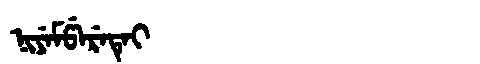
Manchu: ᠨᡳᠶᡝᠮᡦᡝᡵᡝᡨᡝᡳ
Romanization: NIYEMPERETEI